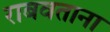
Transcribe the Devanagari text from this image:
राबवताना